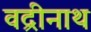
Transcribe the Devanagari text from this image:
वद्रीनाथ